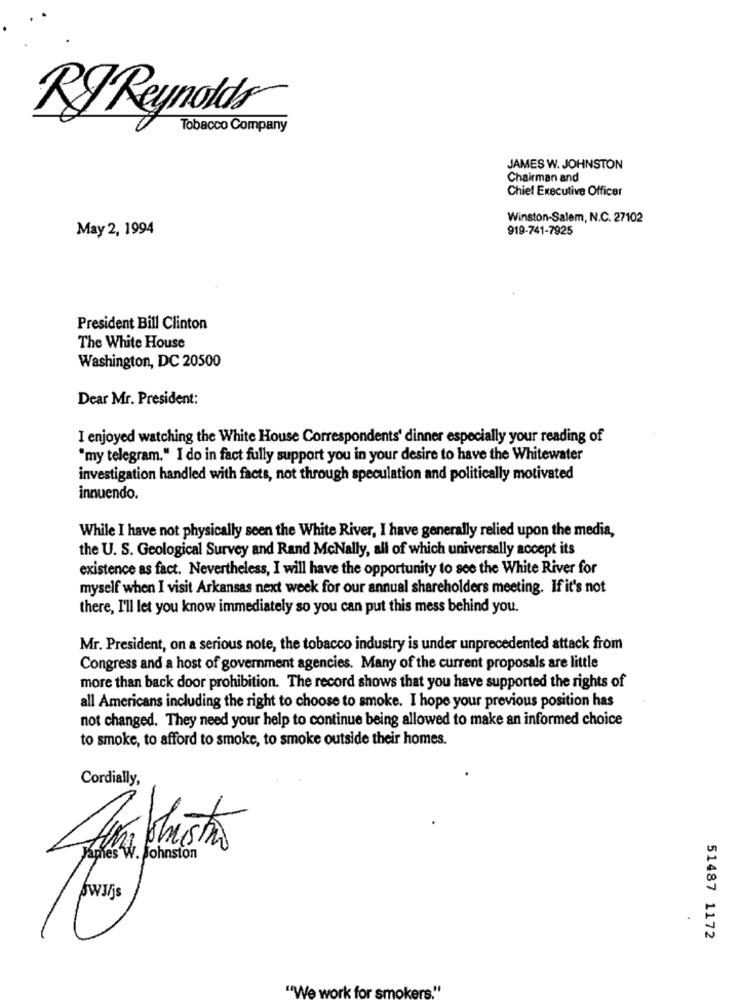
RJ Reynolds
Tobacco Company
JAMES W. JOHNSTON
Chairman and
Chief Executive Officer
Winston-Salem, N.C. 27102
May 2, 1994
919-741-7925
President Bill Clinton
The White House
Washington, DC 20500
Dear Mr. President:
I enjoyed watching the White House Correspondents' dinner especially your reading of
"my telegram." I do in fact fully support you in your desire to have the Whitewater
investigation handled with facts, not through speculation and politically motivated
innuendo.
While I have not physically seen the White River, I have generally relied upon the media,
the U. S. Geological Survey and Rand McNally, all of which universally accept its
existence as fact. Nevertheless, I will have the opportunity to see the White River for
myself when I visit Arkansas next week for our annual shareholders meeting. If it's not
there, I'll let you know immediately so you can put this mess behind you.
Mr. President, on a serious note, the tobacco industry is under unprecedented attack from
Congress and a host of government agencies. Many of the current proposals are little
more than back door prohibition. The record shows that you have supported the rights of
all Americans including the right to choose to smoke. I hope your previous position has
not changed. They need your help to continue being allowed to make an informed choice
to smoke, to afford to smoke, to smoke outside their homes.
Cordially,
James
Johnston
51487 1172
"We work for smokers."